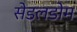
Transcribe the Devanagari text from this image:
सेडलडोम